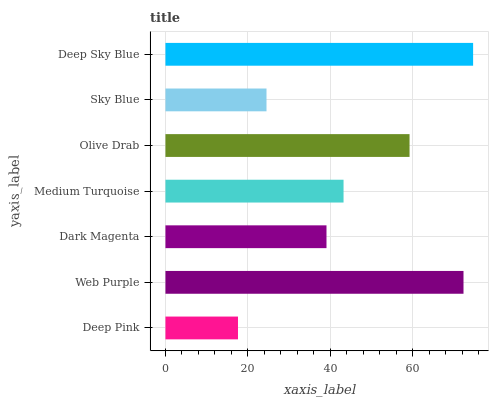
| yaxis_label | bars |
 | --- | --- |
 | Deep Pink | 17.6 |
 | Web Purple | 72.3 |
 | Dark Magenta | 39.1 |
 | Medium Turquoise | 43.2 |
 | Olive Drab | 59.2 |
 | Sky Blue | 24.5 |
 | Deep Sky Blue | 74.7 |